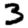
Digit: 3